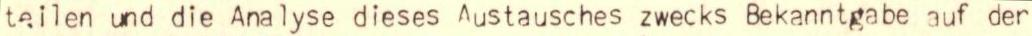
teilen und die Analyse dieses Austausches zwecks Bekanntgabe auf der